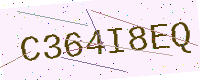
Text: C364I8EQ